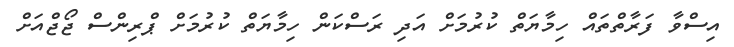
އިސްވާ ފަރާތްތައް ހިމާޔަތް ކުރުމަށް އަދި ރަސްކަން ހިމާޔަތް ކުރުމަށް ޕްރިންސް ޖޯޖްއަށް